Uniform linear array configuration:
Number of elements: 12
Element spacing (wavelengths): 0.75
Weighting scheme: kaiser
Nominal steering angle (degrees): -15
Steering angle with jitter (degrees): -16.862
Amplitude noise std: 0.05
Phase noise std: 0.05

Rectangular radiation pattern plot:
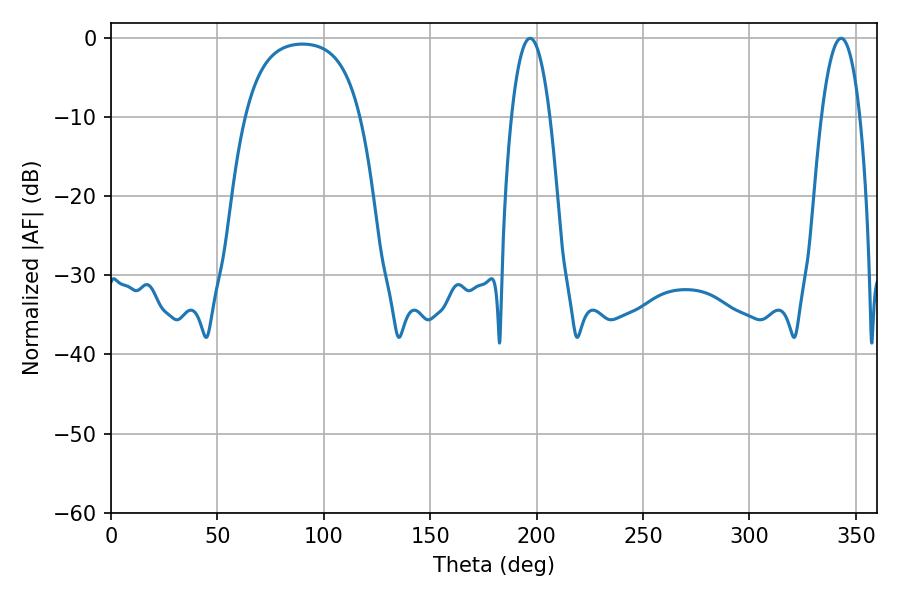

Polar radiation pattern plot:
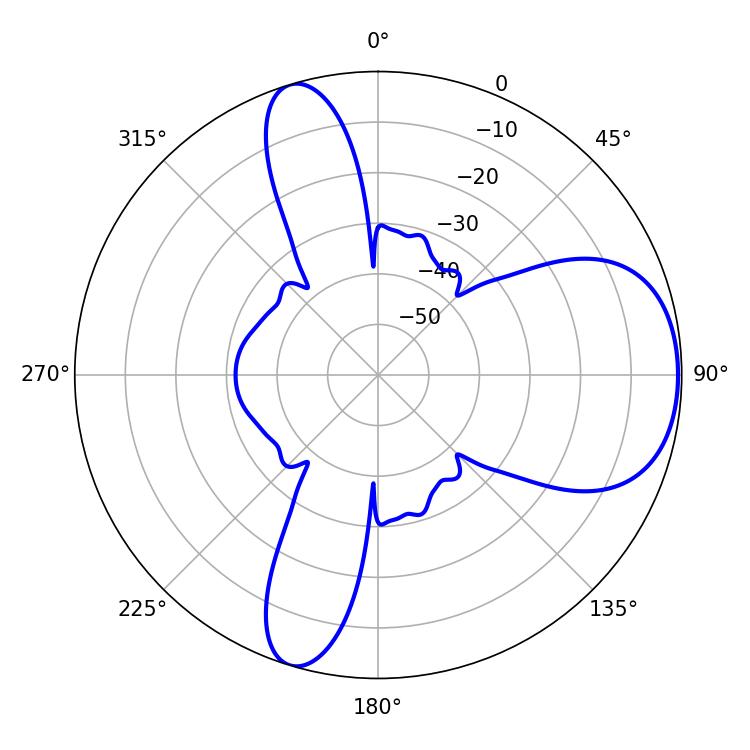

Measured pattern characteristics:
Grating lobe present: TRUE
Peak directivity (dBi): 6.782
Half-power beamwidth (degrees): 9.9
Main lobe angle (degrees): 196.92